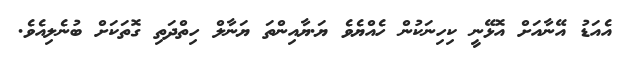
އެއަޑު އޭނާއަށް އޮޅޭނީ ކިހިނަކުން ހެއްޔެވެ ޔަ.ޔާއިންތަ ޔަނާލް ހިތްދަތި ގޮތަކަށް ބުނެލިއެވެ.